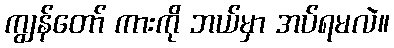
ကျွန်တော် ကားကို ဘယ်မှာ အပ်ရမလဲ။